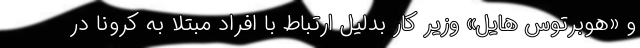
و «هوبرتوس هایل» وزیر کار بدلیل ارتباط با افراد مبتلا به کرونا در